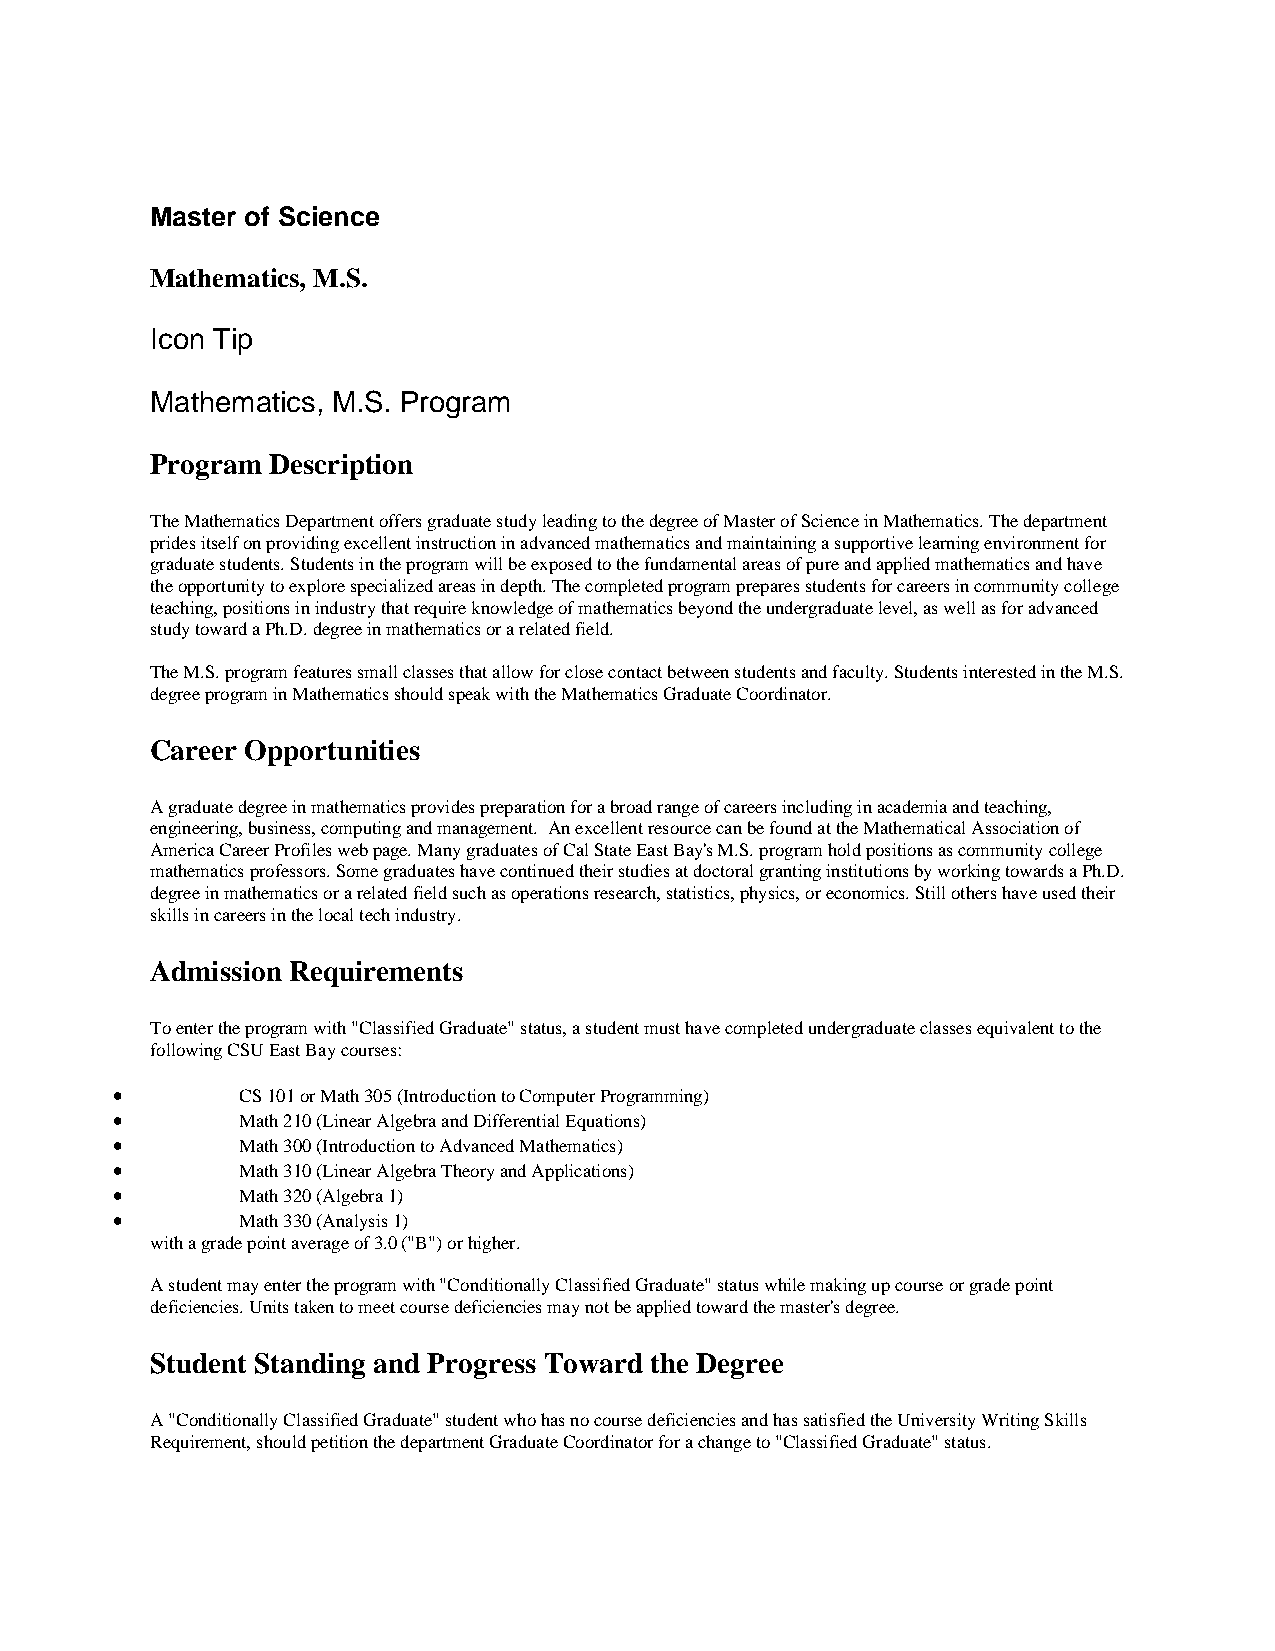
Master of Science
 Mathematics, M.S.
 Icon Tip
 Mathematics, M.S. Program
 Program Description
 The Mathematics Department offers graduate study leading to the degree of Master of Science in Mathematics. The department
 prides itself on providing excellent instruction in advanced mathematics and maintaining a supportive learning environment for
 graduate students. Students in the program will be exposed to the fundamental areas of pure and applied mathematics and have
 the opportunity to explore specialized areas in depth. The completed program prepares students for careers in community college
 teaching, positions in industry that require knowledge of mathematics beyond the undergraduate level, as well as for advanced
 study toward a Ph.D. degree in mathematics or a related field.
 The M.S. program features small classes that allow for close contact between students and faculty. Students interested in the M.S.
 degree program in Mathematics should speak with the Mathematics Graduate Coordinator.
 Career Opportunities
 A graduate degree in mathematics provides preparation for a broad range of careers including in academia and teaching,
 engineering, business, computing and management. An excellent resource can be found at the Mathematical Association of
 America Career Profiles web page. Many graduates of Cal State East Bay's M.S. program hold positions as community college
 mathematics professors. Some graduates have continued their studies at doctoral granting institutions by working towards a Ph.D.
 degree in mathematics or a related field such as operations research, statistics, physics, or economics. Still others have used their
 skills in careers in the local tech industry.
 Admission Requirements
 To enter the program with "Classified Graduate" status, a student must have completed undergraduate classes equivalent to the
 following CSU East Bay courses:
 •        CS 101 or Math 305 (Introduction to Computer Programming)
 •        Math 210 (Linear Algebra and Differential Equations)
 •        Math 300 (Introduction to Advanced Mathematics)
 •        Math 310 (Linear Algebra Theory and Applications)
 •        Math 320 (Algebra 1)
 •        Math 330 (Analysis 1)
 with a grade point average of 3.0 ("B") or higher.
 A student may enter the program with "Conditionally Classified Graduate" status while making up course or grade point
 deficiencies. Units taken to meet course deficiencies may not be applied toward the master's degree.
 Student Standing and Progress Toward the Degree
 A "Conditionally Classified Graduate" student who has no course deficiencies and has satisfied the University Writing Skills
 Requirement, should petition the department Graduate Coordinator for a change to "Classified Graduate" status.